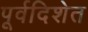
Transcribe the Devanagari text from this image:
पूर्वदिशेत